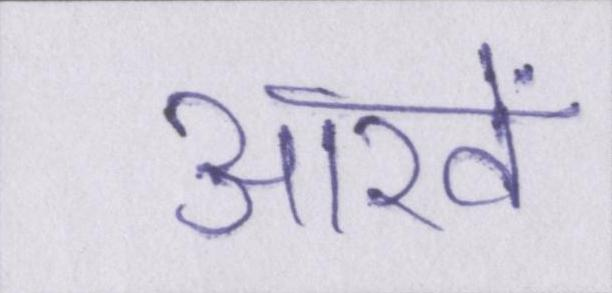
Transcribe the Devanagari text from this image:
आखें